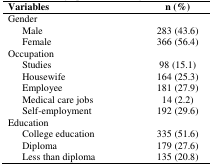
| Variables | n (%) |
 | --- | --- |
 | Gender |  |
 | Male | 283 (43.6) |
 | Female | 366 (56.4) |
 | Occupation |  |
 | Studies | 98 (15.1) |
 | Housewife | 164 (25.3) |
 | Employee | 181 (27.9) |
 | Medical care jobs | 14 (2.2) |
 | Self-employment | 192 (29.6) |
 | Education |  |
 | College education | 335 (51.6) |
 | Diploma | 179 (27.6) |
 | Less than diploma | 135 (20.8) |